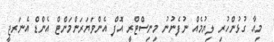
މިއާ ގުޅުންހުރި ލިޔުމެއް ނުފެނުނު މިނިސްޓްރީ އޮފް އެންވަޔަރަންމަންޓް އެންޑް އެނަރޖީ